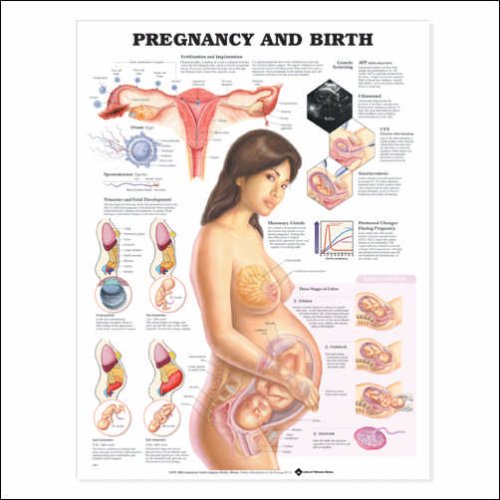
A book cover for Pregnancy and Birth; Anatomical Chart Company; Medical Books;